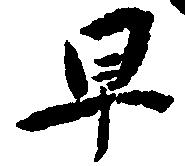
早